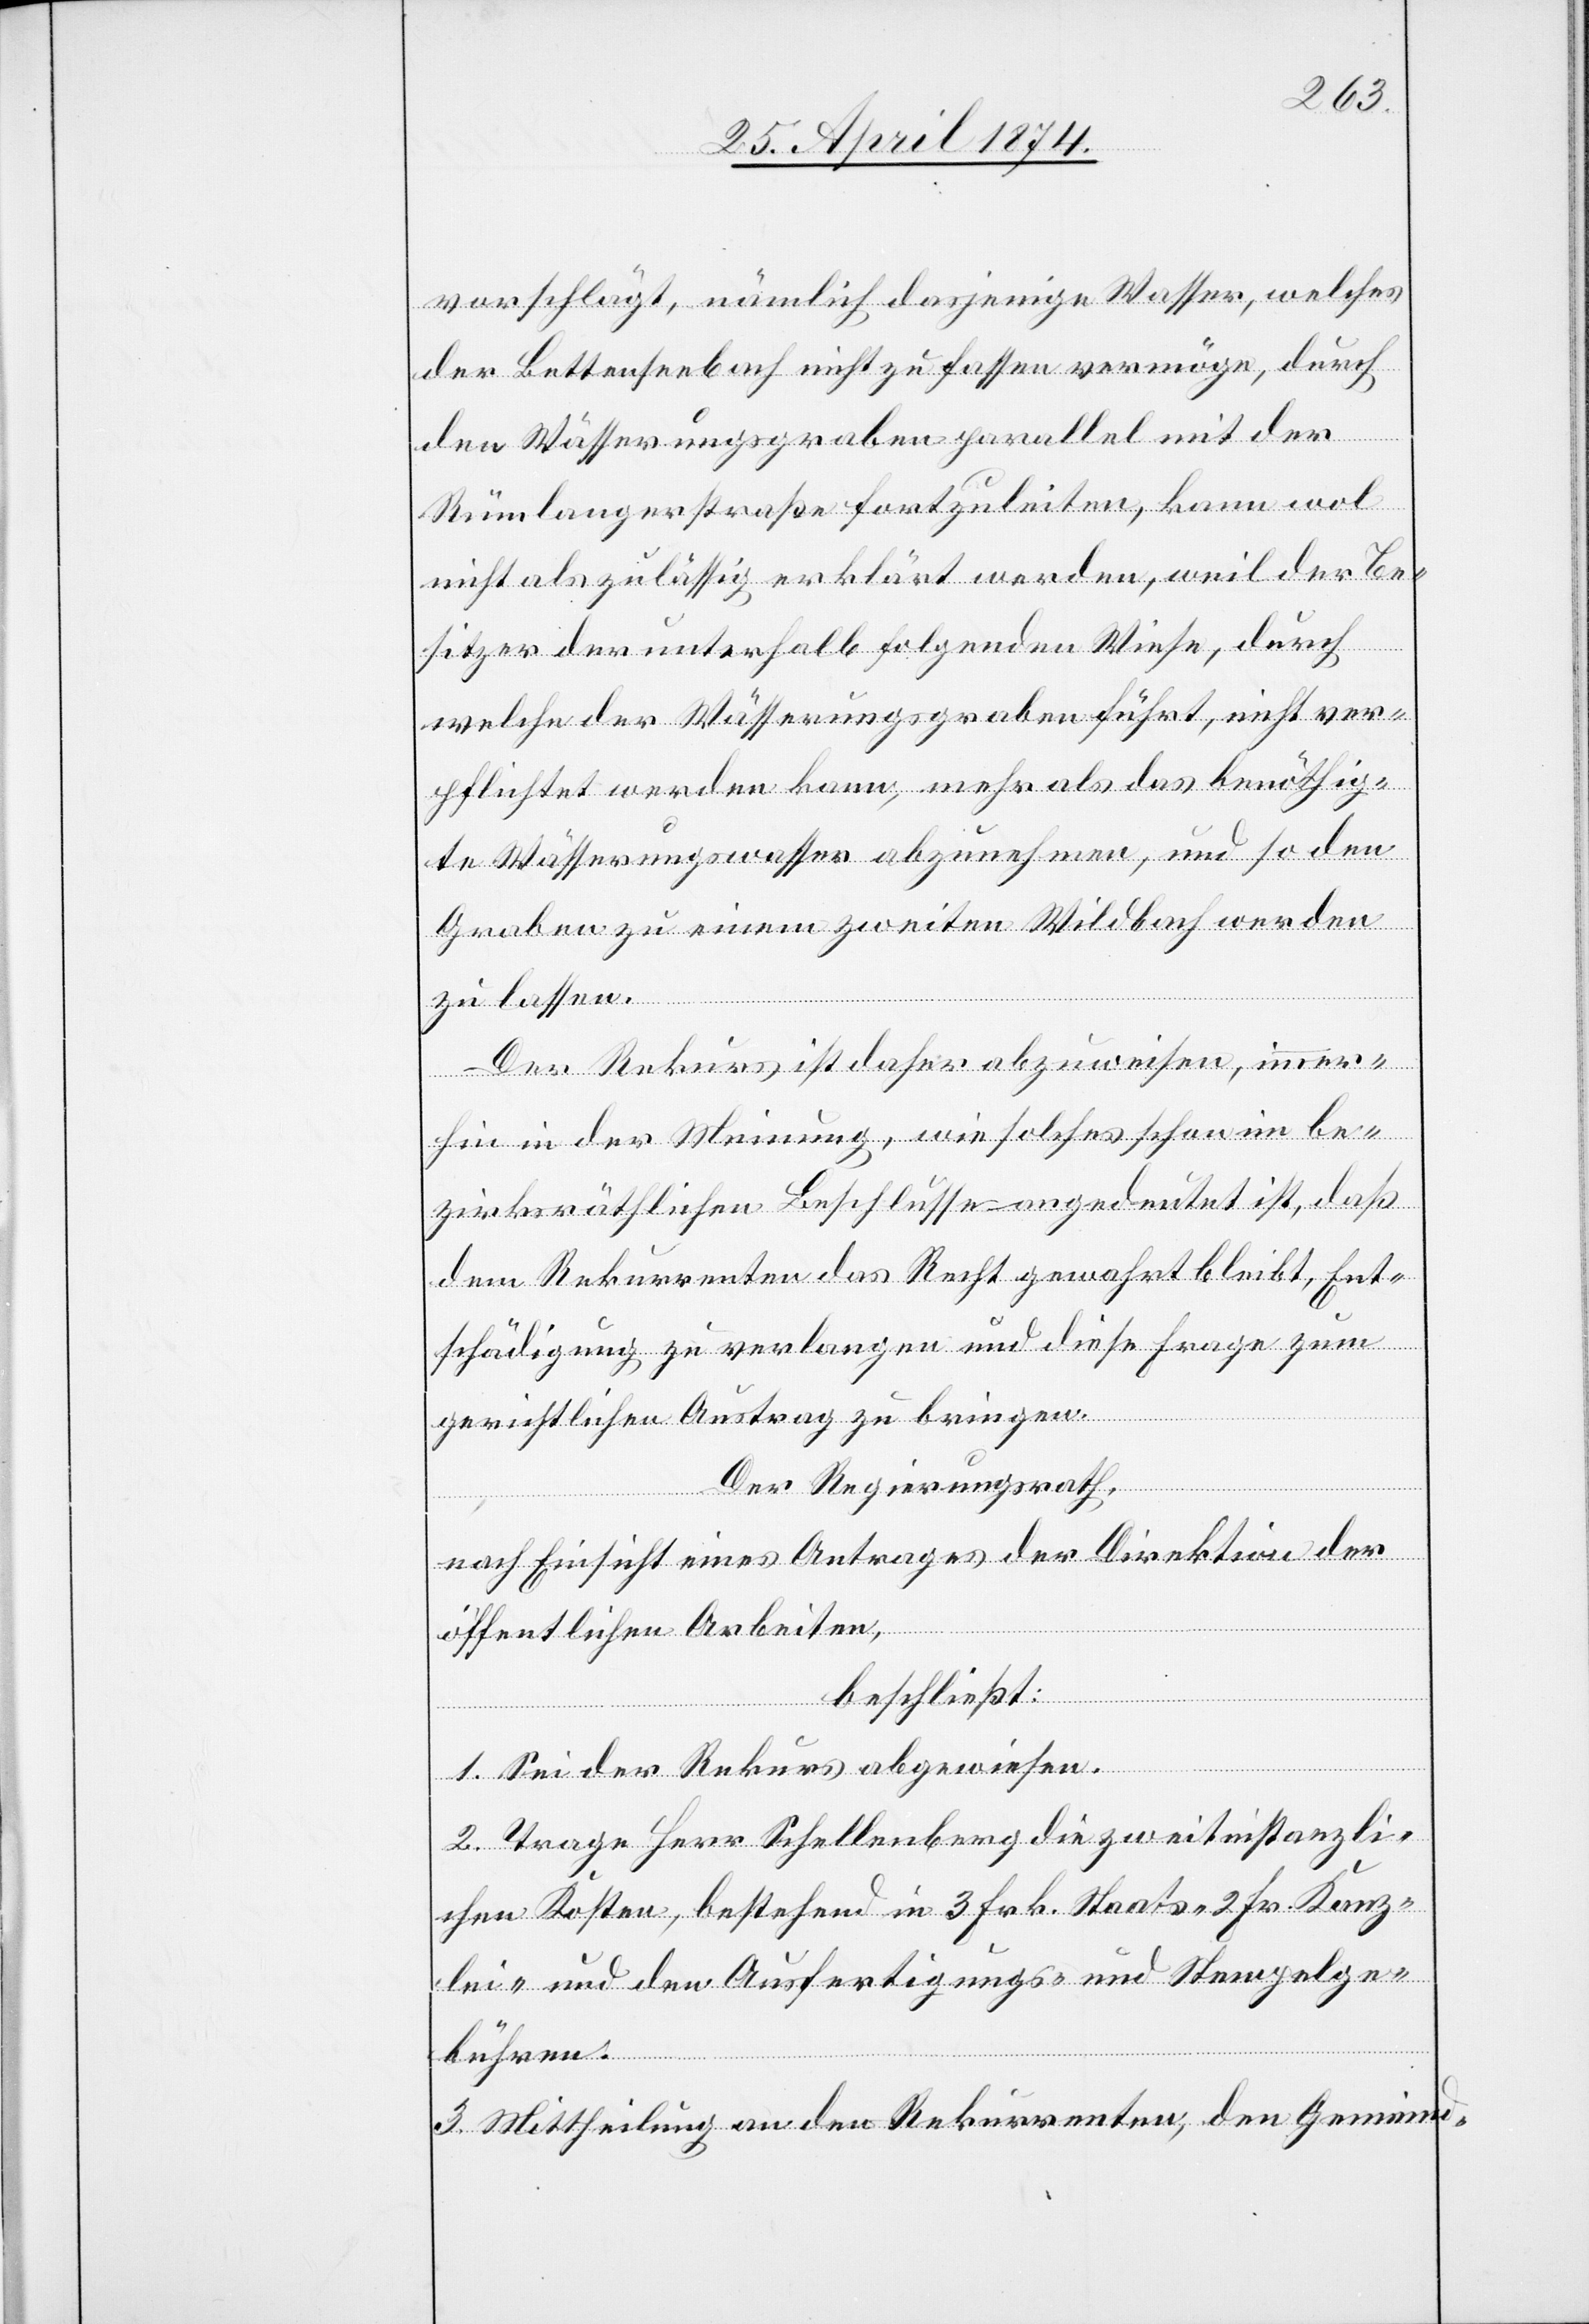
vorschlägt, nämlich dasjenige Wasser, welches
der Bettenseebach nicht zu fassen vermöge, durch
den Wässerungsgraben parallel mit der
Rümlangerstraße fortzuleiten, kann wol
nicht als zulässig erklärt werden, weil der Be¬
sitzer der unterhalb folgenden Wiese, durch
welche der Wässerungsraben führt, nicht ver¬
pflichtet werden kann, mehr als das benöthig¬
te Wässerungswasser abzunehmen, und so den
Graben zu einem zweiten Wildbach werden
zu lassen.
Der Rekurs ist daher abzuweisen, immer¬
hin in der Meinung, wie solches schon im be¬
zirksräthlichen Beschlusse angedeutet ist, daß
dem Rekurrenten das Recht gewahrt bleibt, Ent¬
schädigung zu verlangen und diese Frage zum
gerichtlichen Austrag zu bringen.
Der Regierungsrath,
nach Einsicht eines Antrages der Direktion der
öffentlichen Arbeiten,
beschließt:
1. Sei der Rekurs abgewiesen.
2. Tag Herr Schellenberg die zweitinstanzli¬
chen Kosten, bestehend in 3 Frk. Staats [-], 2 Frk. Kanz¬
lei- und den Ausfertigungs- und Stempelge¬
bühren.
3. Mittheilung an den Rekurrenten, den Gemeind-